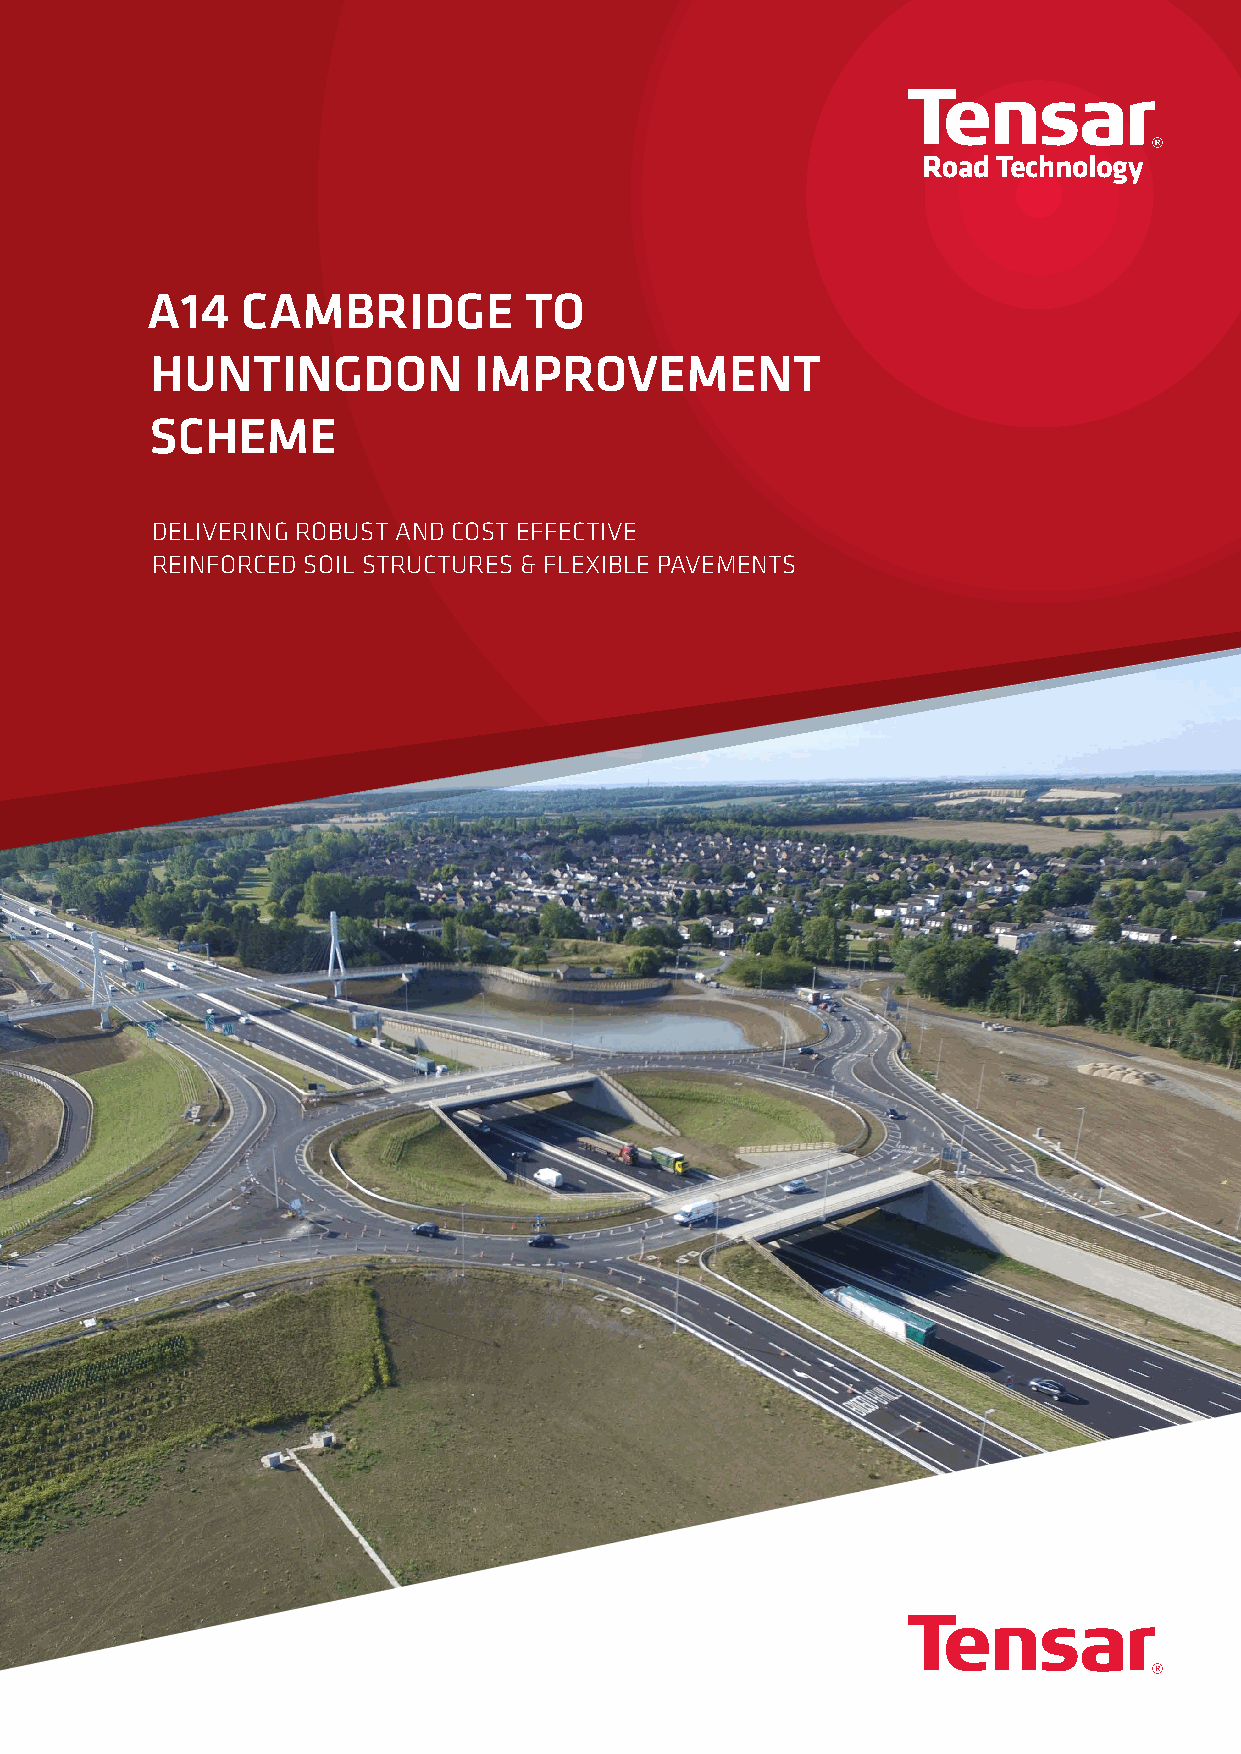
A14   CAMBRIDGE          TO
 HUNTINGDON           IMPROVEMENT
 SCHEME
 DELIVERING ROBUST AND COST EFFECTIVE
 REINFORCED SOIL STRUCTURES & FLEXIBLE PAVEMENTS